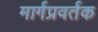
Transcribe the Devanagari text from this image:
मार्गप्रवर्तक